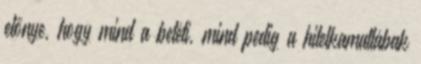
előnye, hogy mind a betéti, mind pedig a hitelkamatlábak